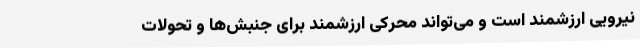
نیرویی ارزشمند است و می‌تواند محرکی ارزشمند برای جنبش‌ها و تحولات